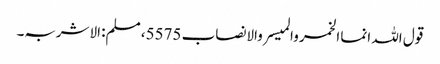
قول اللہ انما الخمر والمیسر والانصاب 5575، مسلم: الاشربہ۔